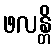
ဖလန္တိ